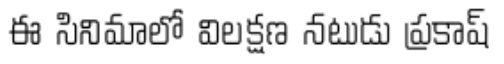
ఈ సినిమాలో విలక్షణ నటుడు ప్రకాష్